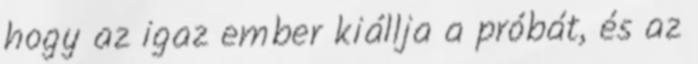
hogy az igaz ember kiállja a próbát, és az